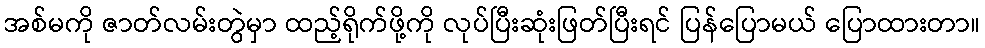
အစ်မကို ဇာတ်လမ်းတွဲမှာ ထည့်ရိုက်ဖို့ကို လုပ်ပြီးဆုံးဖြတ်ပြီးရင် ပြန်ပြောမယ် ပြောထားတာ။